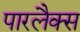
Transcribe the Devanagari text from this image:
पारलैक्स